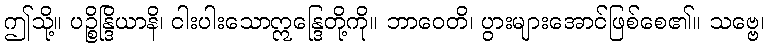
ဤသို့။ ပဉ္စိန္ဒြိယာနိ၊ ငါးပါးသောဣန္ဒြေတို့ကို။ ဘာဝေတိ၊ ပွားများအောင်ဖြစ်စေ၏။ သဗ္ဗေ၊